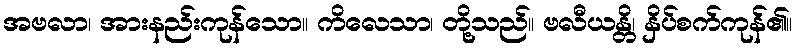
အဗလာ၊ အားနည်းကုန်သော။ ကိလေသာ၊ တို့သည်။ ဗလီယန္တိ၊ နှိပ်စက်ကုန်၏။